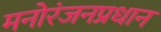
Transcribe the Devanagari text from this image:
मनोरंजनप्रधान